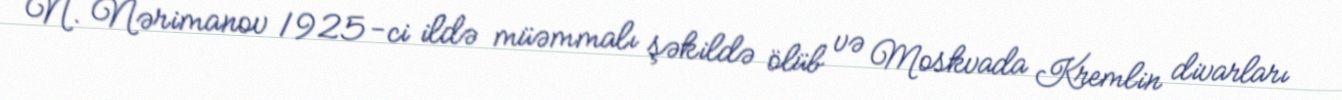
N. Nərimanov 1925-ci ildə müəmmalı şəkildə ölüb və Moskvada Kremlin divarları